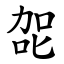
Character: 㖙